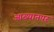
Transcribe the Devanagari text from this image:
आख्यानपर